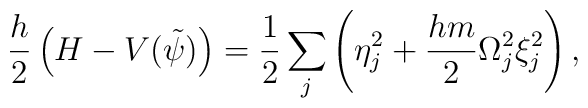
\frac{h}{2}\left(H-V(\tilde{\psi})\right)=\frac{1}{2}\sum_{j}\left(\eta_{j}^{2}+\frac{hm}{2}\Omega_{j}^{2}\xi_{j}^{2}                    \right),